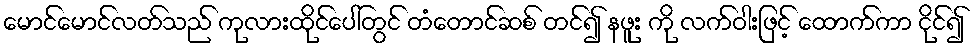
မောင်မောင်လတ်သည် ကုလားထိုင်ပေါ်တွင် တံတောင်ဆစ် တင်၍ နဖူး ကို လက်ဝါးဖြင့် ထောက်ကာ ငိုင်၍